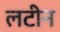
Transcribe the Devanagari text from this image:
लटीन